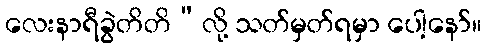
လေးနာရီခွဲတိတိ”လို့ သတ်မှတ်ရမှာ ပေါ့နော်။